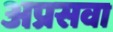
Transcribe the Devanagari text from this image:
अप्रसवा